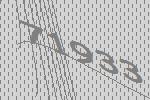
71933